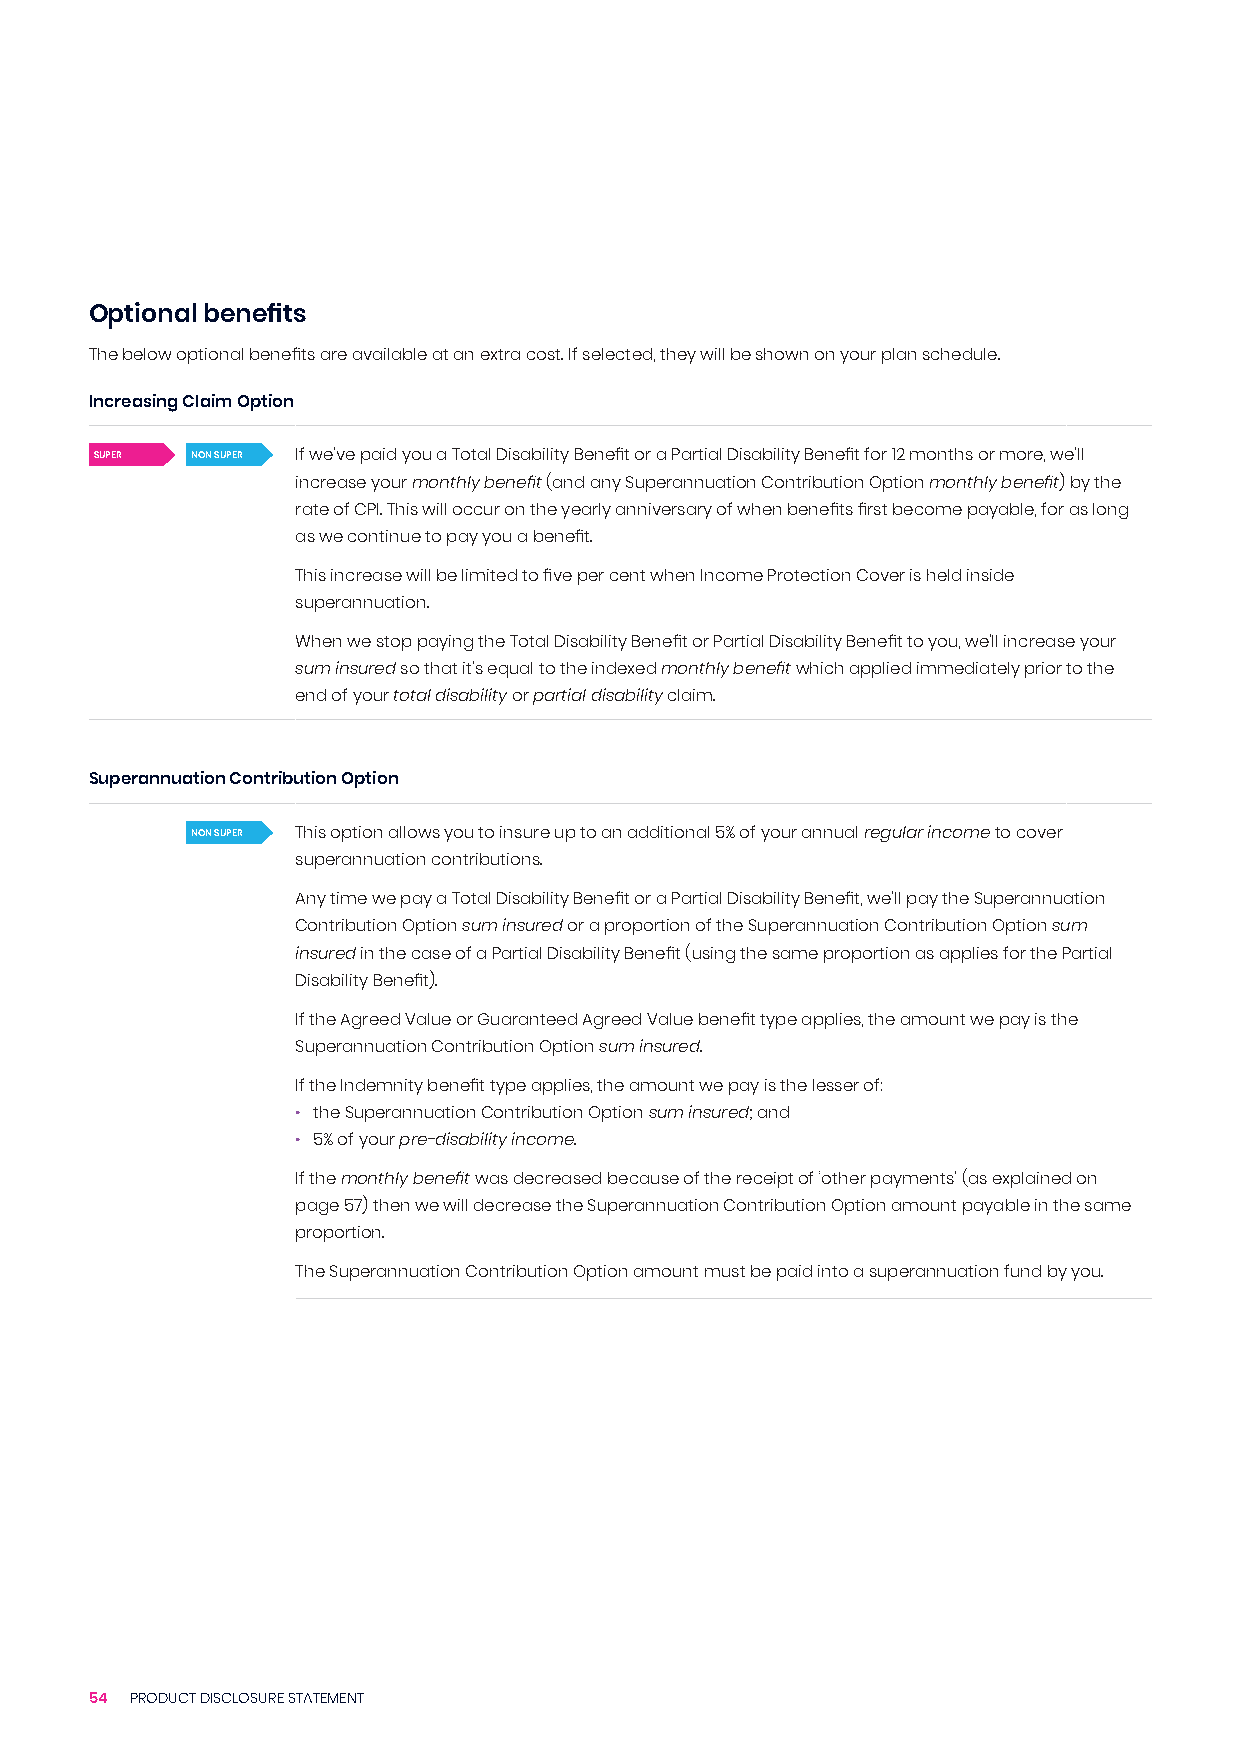
Optional benefits
 The below optional benefits are available at an extra cost. If selected, they will be shown on your plan schedule.
 Increasing Claim Option
 SUPER  NON SUPER If we’ve paid you a Total Disability Benefit or a Partial Disability Benefit for 12 months or more, we’ll
 increase your monthly benefit (and any Superannuation Contribution Option monthly benefit) by the
 rate of CPI. This will occur on the yearly anniversary of when benefits first become payable, for as long
 as we continue to pay you a benefit.
 This increase will be limited to five per cent when Income Protection Cover is held inside
 superannuation.
 When we stop paying the Total Disability Benefit or Partial Disability Benefit to you, we’ll increase your
 sum insured so that it’s equal to the indexed monthly benefit which applied immediately prior to the
 end of your total disability or partial disability claim.
 Superannuation Contribution Option
 NON SUPER This option allows you to insure up to an additional 5% of your annual regular income to cover
 superannuation contributions.
 Any time we pay a Total Disability Benefit or a Partial Disability Benefit, we’ll pay the Superannuation
 Contribution Option sum insured or a proportion of the Superannuation Contribution Option sum
 insured in the case of a Partial Disability Benefit (using the same proportion as applies for the Partial
 Disability Benefit).
 If the Agreed Value or Guaranteed Agreed Value benefit type applies, the amount we pay is the
 Superannuation Contribution Option sum insured.
 If the Indemnity benefit type applies, the amount we pay is the lesser of:
 • the Superannuation Contribution Option sum insured; and
 • 5% of your pre-disability income.
 If the monthly benefit was decreased because of the receipt of ‘other payments’ (as explained on
 page 57) then we will decrease the Superannuation Contribution Option amount payable in the same
 proportion.
 The Superannuation Contribution Option amount must be paid into a superannuation fund by you.
 54 PRODUCT DISCLOSURE STATEMENT